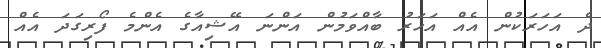
ދެ އަހަރަކުން އެއް އަހަރު ބާއްވަމުން އަންނަ އޭޝިއާގެ އެންމެ ފޯރިގަދަ އެއް